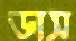
ডাস